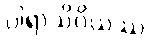
ပါရာသိဝိယဿ